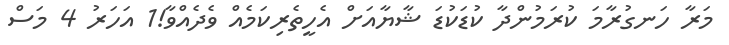
މަރާ ހަނގުރާމަ ކުރަމުންދާ ކުޑަކުޑަ ޝާޔާއަށް އެހީތެރިކަމެއް ވެދެއްވާ!1 އަހަރު 4 މަސް